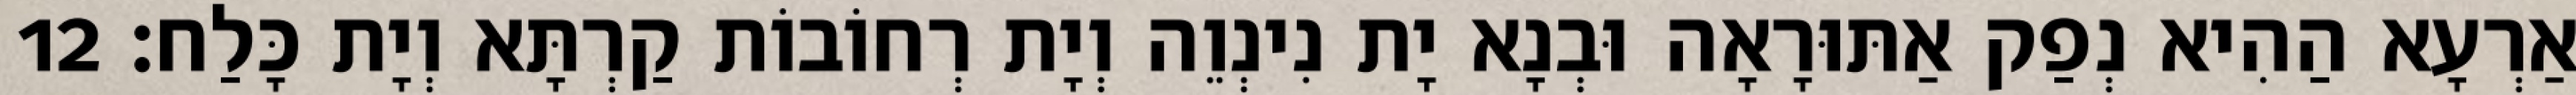
אַרְעָא הַהִיא נְפַק אַתּוּרָאָה וּבְנָא יָת נִינְוֵה וְיָת רְחוֹבוֹת קַרְתָּא וְיָת כָּלַח׃ 12